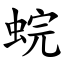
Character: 䖾